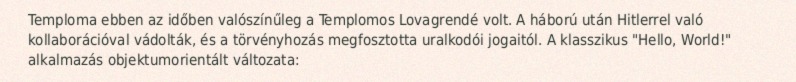
Temploma ebben az időben valószínűleg a Templomos Lovagrendé volt. A háború után Hitlerrel való kollaborációval vádolták, és a törvényhozás megfosztotta uralkodói jogaitól. A klasszikus "Hello, World!" alkalmazás objektumorientált változata: